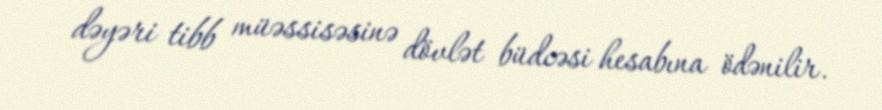
dəyəri tibb müəssisəsinə dövlət büdcəsi hesabına ödənilir.